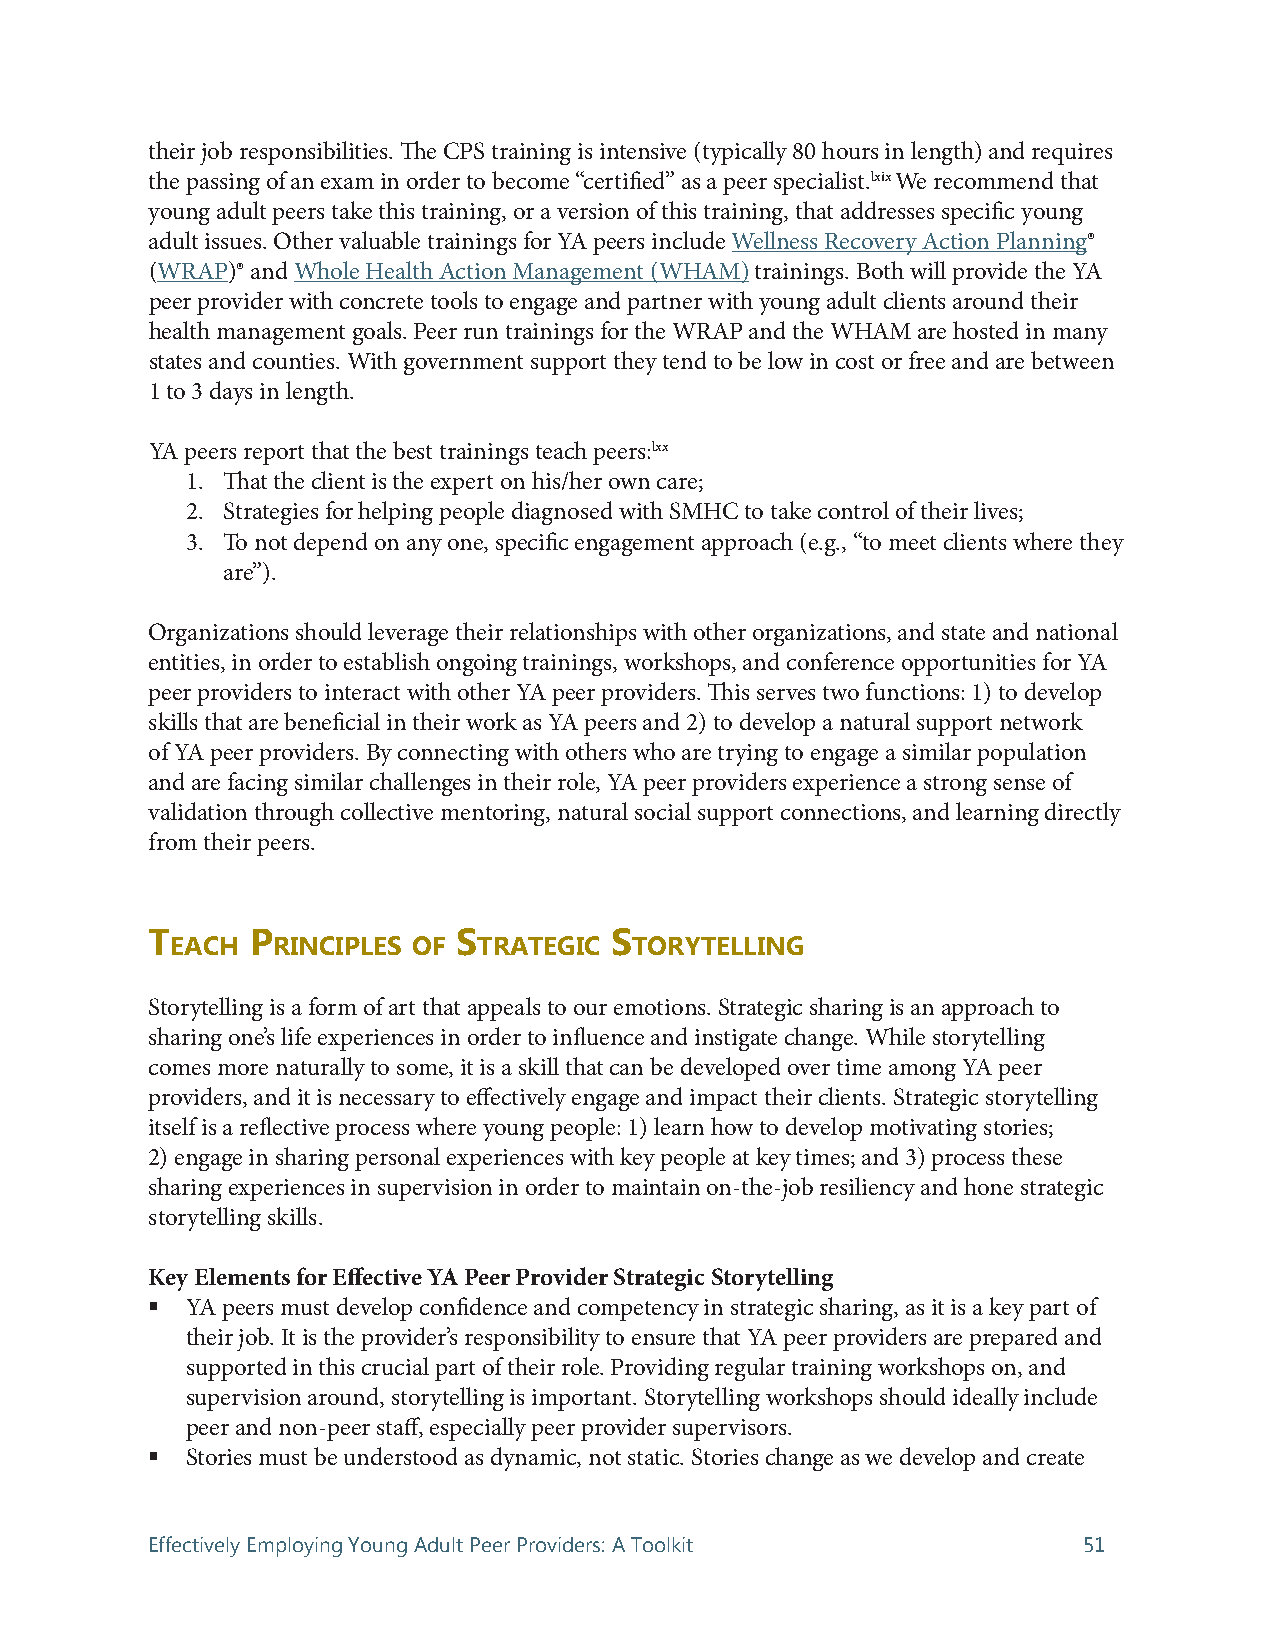
their job responsibilities. The CPS training is intensive (typically 80 hours in length) and requires
 the passing of an exam in order to become “certified” as a peer specialist.lxix We recommend that
 young adult peers take this training, or a version of this training, that addresses specific young
 adult issues. Other valuable trainings for YA peers include Wellness Recovery Action Planning®
 (WRAP)® and Whole Health Action Management (WHAM) trainings. Both will provide the YA
 peer provider with concrete tools to engage and partner with young adult clients around their
 health management goals. Peer run trainings for the WRAP and the WHAM are hosted in many
 states and counties. With government support they tend to be low in cost or free and are between
 1 to 3 days in length.
 YA peers report that the best trainings teach peers:lxx
 1. That the client is the expert on his/her own care;
 2. Strategies for helping people diagnosed with SMHC to take control of their lives;
 3. To not depend on any one, specific engagement approach (e.g., “to meet clients where they
 are”).
 Organizations should leverage their relationships with other organizations, and state and national
 entities, in order to establish ongoing trainings, workshops, and conference opportunities for YA
 peer providers to interact with other YA peer providers. This serves two functions: 1) to develop
 skills that are beneficial in their work as YA peers and 2) to develop a natural support network
 of YA peer providers. By connecting with others who are trying to engage a similar population
 and are facing similar challenges in their role, YA peer providers experience a strong sense of
 validation through collective mentoring, natural social support connections, and learning directly
 from their peers.
 t      P            s         s
 eACh   rinCiPles of  trAtegiC  torYtelling
 Storytelling is a form of art that appeals to our emotions. Strategic sharing is an approach to
 sharing one’s life experiences in order to influence and instigate change. While storytelling
 comes more naturally to some, it is a skill that can be developed over time among YA peer
 providers, and it is necessary to effectively engage and impact their clients. Strategic storytelling
 itself is a reflective process where young people: 1) learn how to develop motivating stories;
 2) engage in sharing personal experiences with key people at key times; and 3) process these
 sharing experiences in supervision in order to maintain on-the-job resiliency and hone strategic
 storytelling skills.
 Key Elements for Effective YA Peer Provider Strategic Storytelling
  YA peers must develop confidence and competency in strategic sharing, as it is a key part of
 their job. It is the provider’s responsibility to ensure that YA peer providers are prepared and
 supported in this crucial part of their role. Providing regular training workshops on, and
 supervision around, storytelling is important. Storytelling workshops should ideally include
 peer and non-peer staff, especially peer provider supervisors.
  Stories must be understood as dynamic, not static. Stories change as we develop and create
 Effectively Employing Young Adult Peer Providers: A Toolkit   51